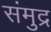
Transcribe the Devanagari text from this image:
संमुद्र